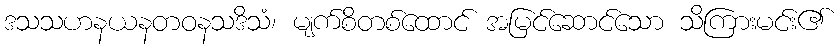
ဒသသဟနယနတဝနသဒိသံ၊ မျက်စိတစ်ထောင် အမြင်ဆောင်သော သိကြားမင်း၏